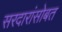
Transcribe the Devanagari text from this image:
सरदारांसोबत